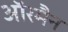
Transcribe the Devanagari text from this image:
ऑरमैन